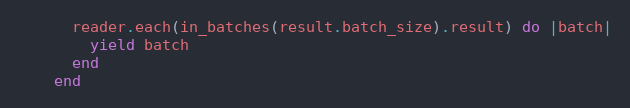
Language: Ruby
      reader.each(in_batches(result.batch_size).result) do |batch|
        yield batch
      end
    end